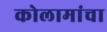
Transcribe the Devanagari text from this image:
कोलामांचा